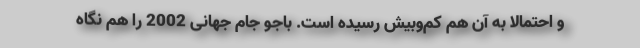
و احتمالا به آن هم کم‌وبیش رسیده است. باجو جام جهانی 2002 را هم نگاه